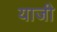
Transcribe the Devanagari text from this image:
याजी